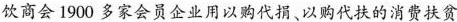
饮商会1900多家会员企业用以购代捐、以购代扶的消费扶贫